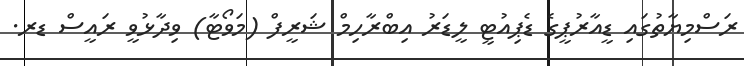
ރަސްމިޔާތުގައި ޑީއާރުޕީގެ ޑެޕިއުޓީ ލީޑަރު އިބްރާހިމް ޝަރީފް (މަވޯޓާ) ވިދާޅުވީ ރައީސް ޑރ.